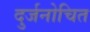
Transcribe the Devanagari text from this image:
दुर्जनोचित